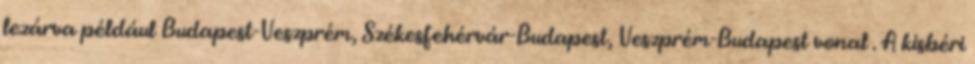
lezárva például Budapest-Veszprém, Székesfehérvár-Budapest, Veszprém-Budapest vonal . A kisbéri